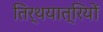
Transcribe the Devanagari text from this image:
तिर्थयात्रियों